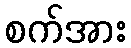
စက်အား